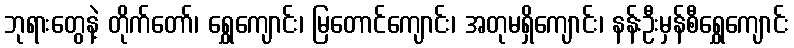
ဘုရားတွေနဲ့ တိုက်တော်၊ ရွှေကျောင်း၊ မြတောင်ကျောင်း၊ အတုမရှိကျောင်း၊ နန်းဦးမှန်စီရွှေကျောင်း